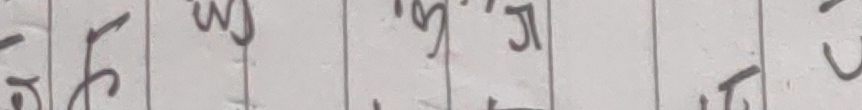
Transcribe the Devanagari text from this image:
५ ६ m उं र जे न